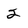
Character: 2